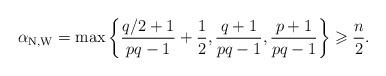
LaTeX: \begin{align*}\alpha_{\mathrm{N,W}}=\max\left\{\frac{q/2+1}{pq-1}+\frac{1}{2},\frac{q+1}{pq-1},\frac{p+1}{pq-1}\right\}\geqslant \frac{n}{2}.\end{align*}